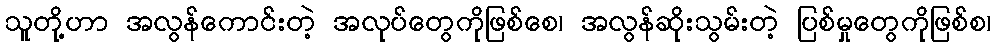
သူတို့ဟာ အလွန်ကောင်းတဲ့ အလုပ်တွေကိုဖြစ်စေ၊ အလွန်ဆိုးသွမ်းတဲ့ ပြစ်မှုတွေကိုဖြစ်စ၊